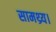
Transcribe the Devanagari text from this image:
सामथ्र्य।